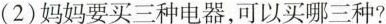
(2)妈妈要买三种电器，可以买哪三种?